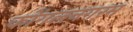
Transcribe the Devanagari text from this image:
कोंगलनगरम